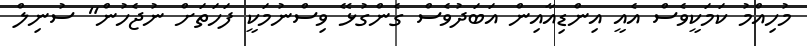
މުހިއްމު ކަމަކީވެސް އެއީ އިންޑިއާއިން އަބަދުވެސް ގެންގުޅޭ ވިސްނުމަކީ ފަހަތަށް ނުޖެހުން" ސުނިލް